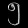
Digit: ၅